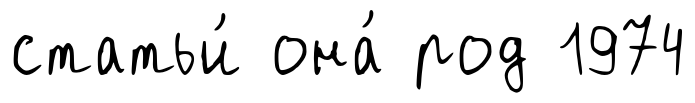
статьи́ она́ род 1974